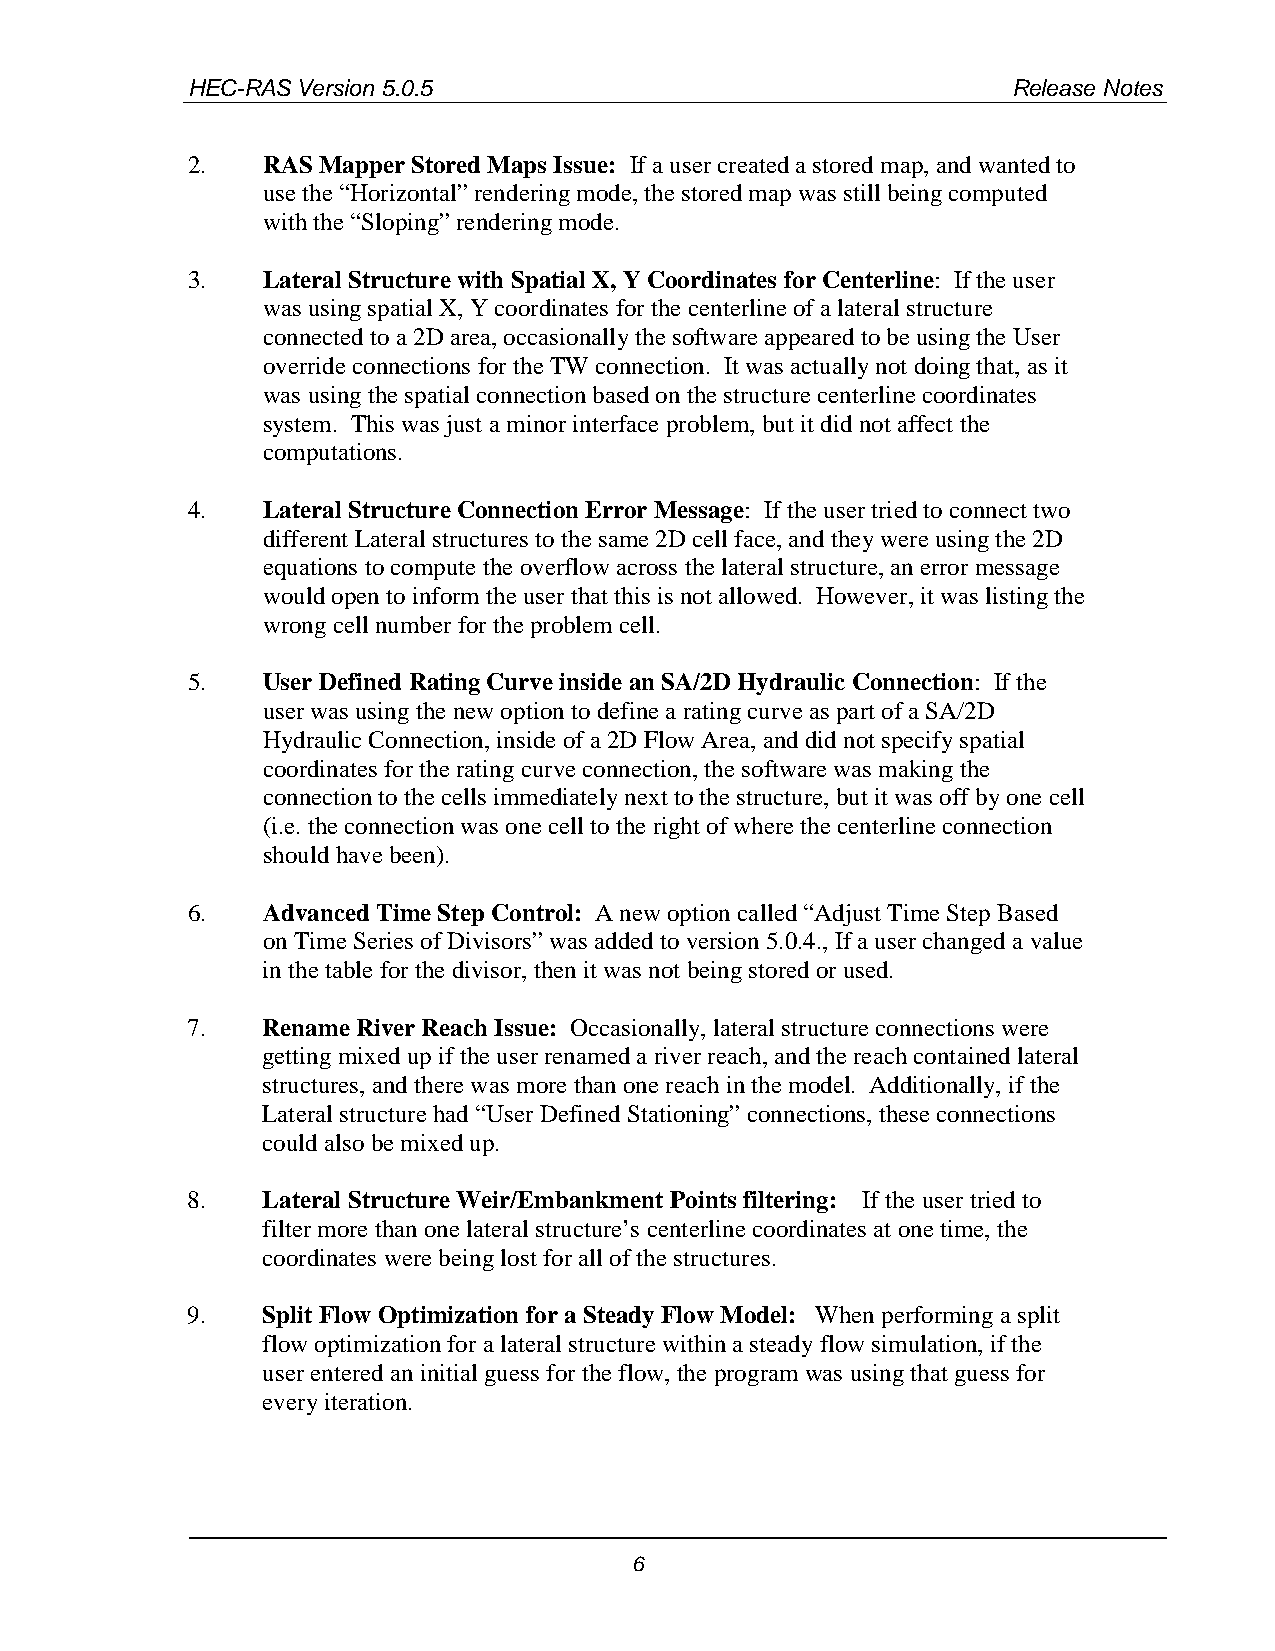
HEC-RAS Version 5.0.5                                  Release Notes
 2.   RAS Mapper Stored Maps Issue: If a user created a stored map, and wanted to
 use the “Horizontal” rendering mode, the stored map was still being computed
 with the “Sloping” rendering mode.
 3.   Lateral Structure with Spatial X, Y Coordinates for Centerline: If the user
 was using spatial X, Y coordinates for the centerline of a lateral structure
 connected to a 2D area, occasionally the software appeared to be using the User
 override connections for the TW connection. It was actually not doing that, as it
 was using the spatial connection based on the structure centerline coordinates
 system. This was just a minor interface problem, but it did not affect the
 computations.
 4.   Lateral Structure Connection Error Message: If the user tried to connect two
 different Lateral structures to the same 2D cell face, and they were using the 2D
 equations to compute the overflow across the lateral structure, an error message
 would open to inform the user that this is not allowed. However, it was listing the
 wrong cell number for the problem cell.
 5.   User Defined Rating Curve inside an SA/2D Hydraulic Connection: If the
 user was using the new option to define a rating curve as part of a SA/2D
 Hydraulic Connection, inside of a 2D Flow Area, and did not specify spatial
 coordinates for the rating curve connection, the software was making the
 connection to the cells immediately next to the structure, but it was off by one cell
 (i.e. the connection was one cell to the right of where the centerline connection
 should have been).
 6.   Advanced Time Step Control: A new option called “Adjust Time Step Based
 on Time Series of Divisors” was added to version 5.0.4., If a user changed a value
 in the table for the divisor, then it was not being stored or used.
 7.   Rename River Reach Issue: Occasionally, lateral structure connections were
 getting mixed up if the user renamed a river reach, and the reach contained lateral
 structures, and there was more than one reach in the model. Additionally, if the
 Lateral structure had “User Defined Stationing” connections, these connections
 could also be mixed up.
 8.   Lateral Structure Weir/Embankment Points filtering: If the user tried to
 filter more than one lateral structure’s centerline coordinates at one time, the
 coordinates were being lost for all of the structures.
 9.   Split Flow Optimization for a Steady Flow Model: When performing a split
 flow optimization for a lateral structure within a steady flow simulation, if the
 user entered an initial guess for the flow, the program was using that guess for
 every iteration.
 6